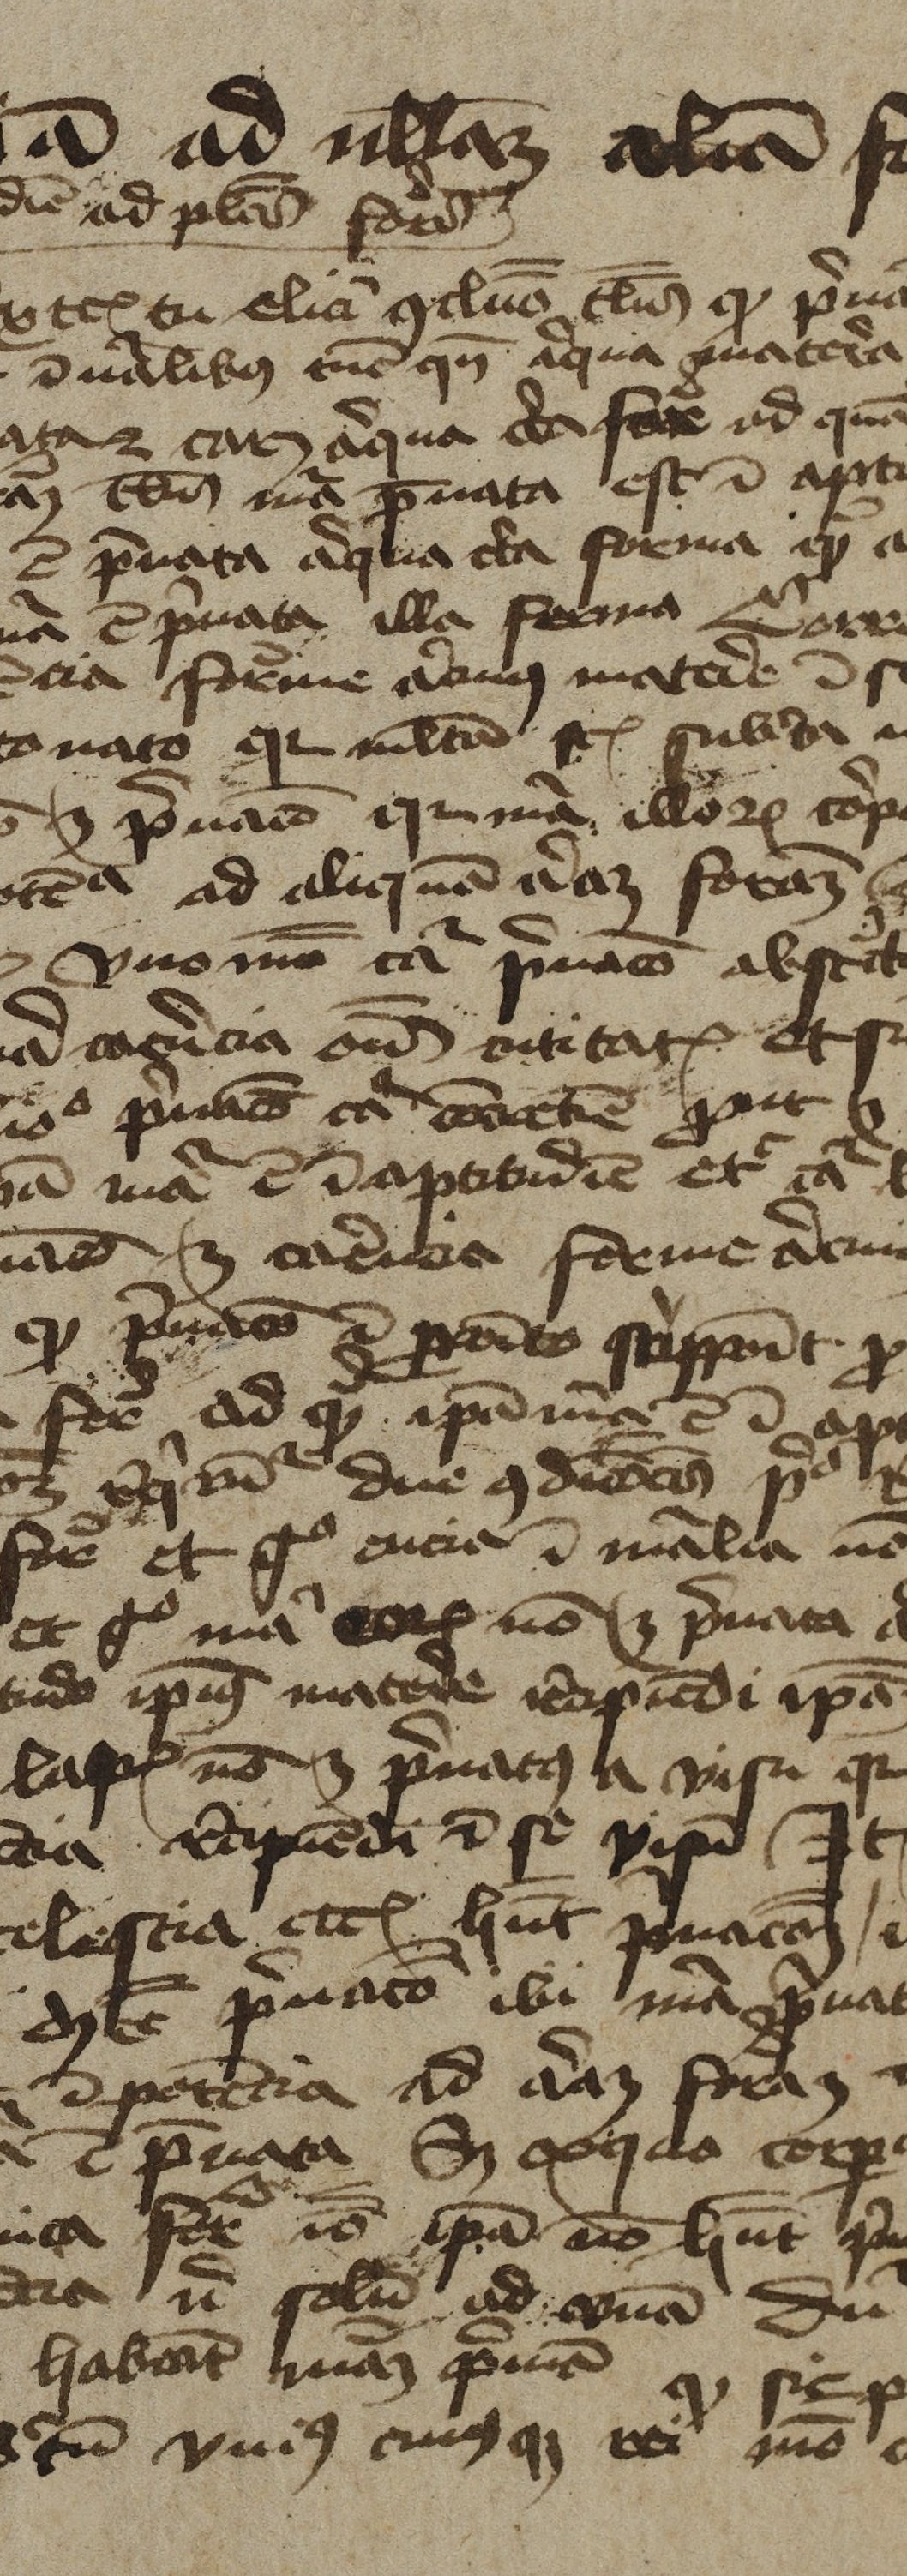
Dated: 1450–1474